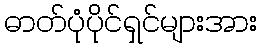
ဓာတ်ပုံပိုင်ရှင်များအား